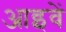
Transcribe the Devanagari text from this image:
आइवें